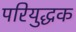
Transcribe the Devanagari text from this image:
परियुद्धक